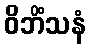
ဝိဘိံသနံ